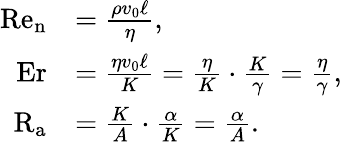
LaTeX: \begin{array}{rl}{\mathrm{Re}_{\mathrm{n}}}&{=\frac{\rho v_{0}\ell}{\eta},}\\ {\mathrm{Er}}&{=\frac{\eta v_{0}\ell}{K}=\frac{\eta}{K}\cdot\frac{K}{\gamma}=\frac{\eta}{\gamma},}\\ {\mathrm{R}_{\mathrm{a}}}&{=\frac{K}{A}\cdot\frac{\alpha}{K}=\frac{\alpha}{A}.}\end{array}